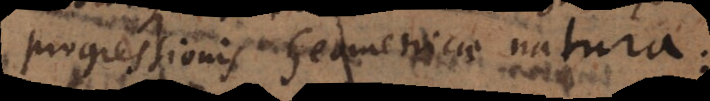
progressionis Geometricae natura